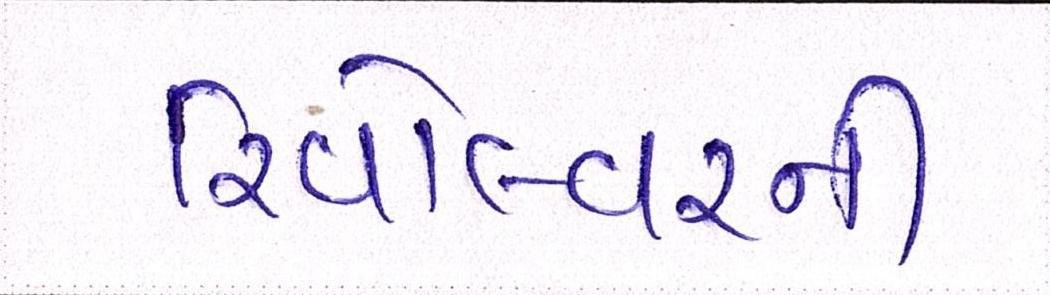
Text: રિવોલ્વરની